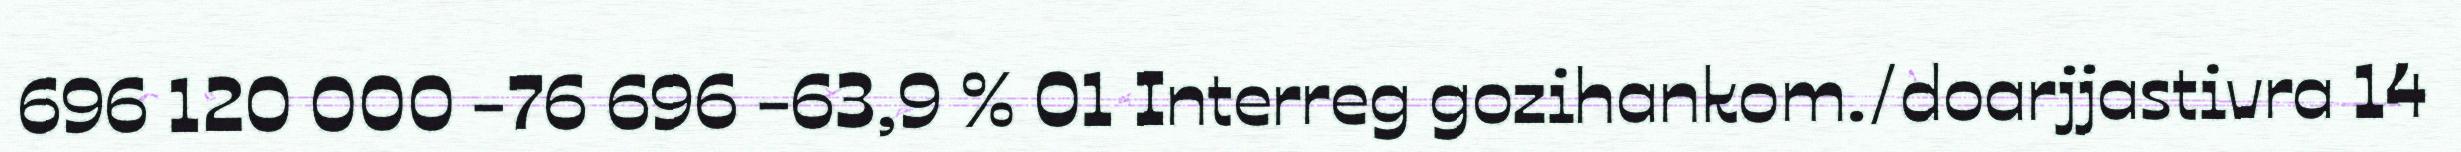
696 120 000 -76 696 -63,9 % 01 Interreg gozihankom./doarjjastivra 14